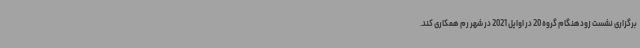
برگزاری نشست زودهنگام گروه 20 در اوایل 2021 در شهر رم همکاری کند.